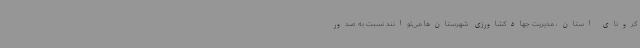
کرونای استان، مدیریت جهادکشاورزی شهرستان‌ها می‌توانند نسبت به صدور